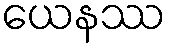
ယေနဿ